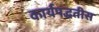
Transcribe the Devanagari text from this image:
कार्यपद्धतीस